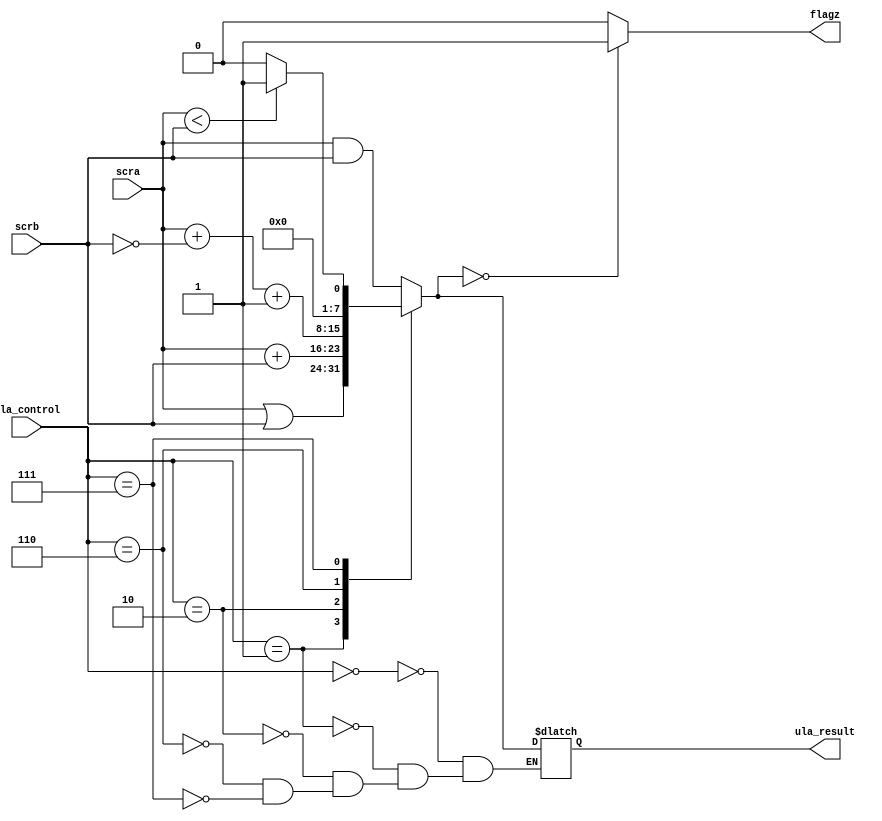
module ULA (scra, scrb, ula_control, ula_result, flagz);

///////////////////////////////
input [7:0] scra, scrb;
input [2:0] ula_control;

output reg flagz;
output reg [7:0] ula_result;

///////////////////////////////


always @(*)begin

	case(ula_control)
		3'b000: ula_result = scra & scrb;
		3'b001: ula_result = scra | scrb; //
		3'b010: ula_result = scra + scrb; //add//addi
		3'b110: ula_result = scra + (~scrb) + 1;
		3'b111: ula_result = ((scra < scrb)?1:0);
		
		
	endcase
	
	if(ula_result == 0)begin
		flagz = 1;
	
	end
	else begin
		flagz = 0;
		
	end

end

endmodule